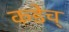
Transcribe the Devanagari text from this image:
कडेच्